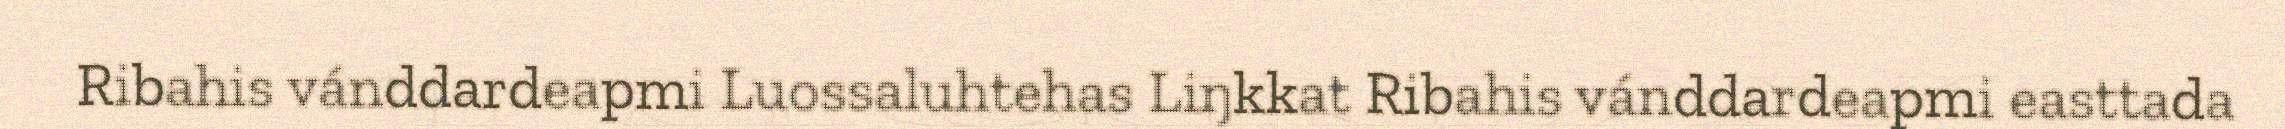
Ribahis vánddardeapmi Luossaluhtehas Liŋkkat Ribahis vánddardeapmi easttada